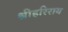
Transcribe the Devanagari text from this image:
श्रीहरिराय